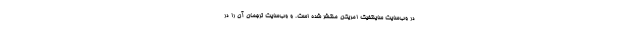
در وب‌سایت ساینتفیک امریکن منتشر شده است. و وب‌سایت ترجمان آن را در